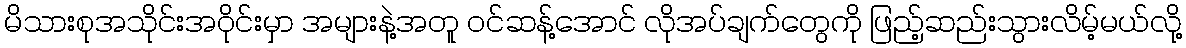
မိသားစုအသိုင်းအဝိုင်းမှာ အများနဲ့အတူ ဝင်ဆန့်အောင် လိုအပ်ချက်တွေကို ဖြည့်ဆည်းသွားလိမ့်မယ်လို့